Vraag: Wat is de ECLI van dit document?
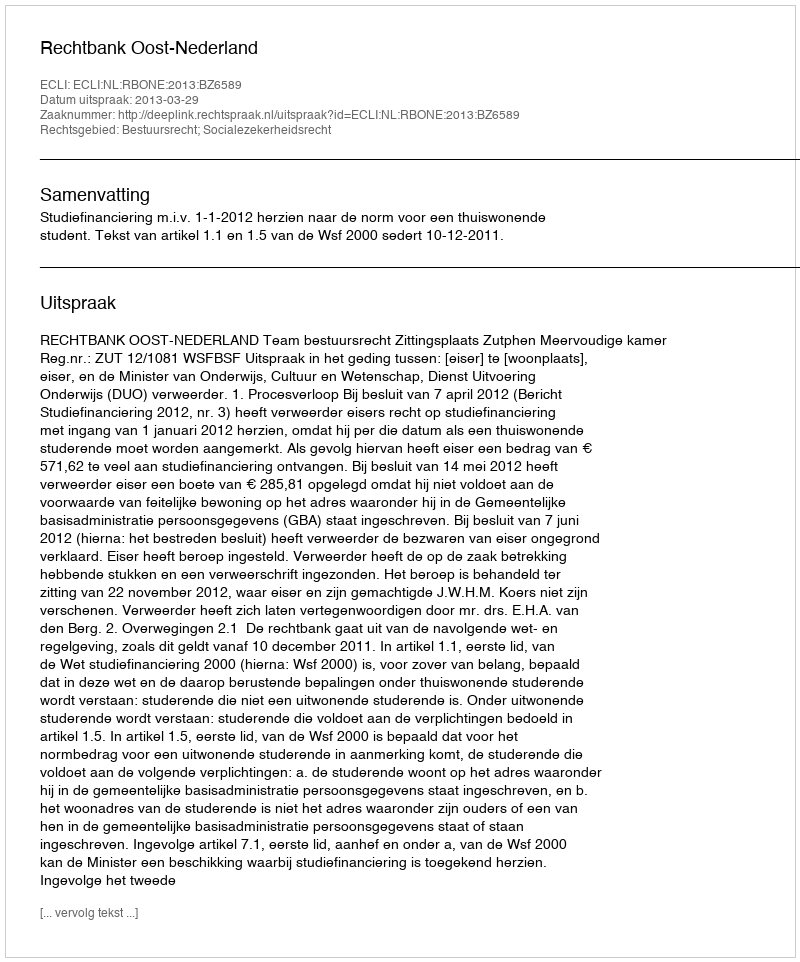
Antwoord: ECLI:NL:RBONE:2013:BZ6589